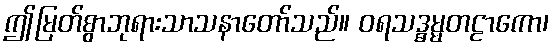
ဤမြတ်စွာဘုရားသာသနာတော်သည်။ ဝရသဒ္ဓမ္မတဠာကော၊